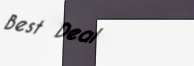
Best Deal